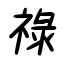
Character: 祿